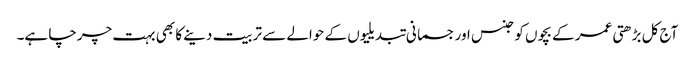
آج کل بڑھتی عمر کے بچوں کو جنس اور جسمانی تبدیلیوں کے حوالے سے تربیت دینے کا بھی بہت چرچا ہے۔